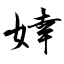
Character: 婞